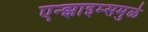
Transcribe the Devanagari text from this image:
एन्झाइम्समुळे